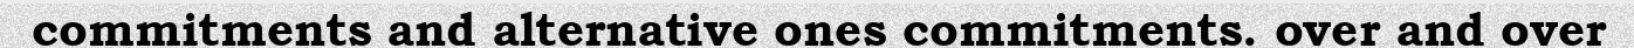
commitments and alternative ones commitments. over and over